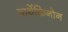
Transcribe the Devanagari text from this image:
आर्थेक्विनोन